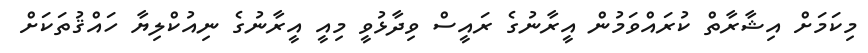
މިކަމަށް އިޝާރާތް ކުރައްވަމުން އީރާނުގެ ރައީސް ވިދާޅުވީ މިއީ އީރާނުގެ ނިއުކްލިޔާ ހައްޤުތަކަށް